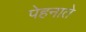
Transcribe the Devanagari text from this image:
पेहनाते